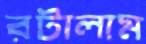
রটালাম